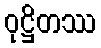
ဝုဋ္ဌိတဿ